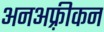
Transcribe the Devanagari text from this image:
अनअफ़्रीकन